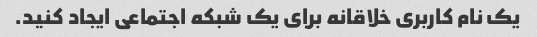
یک نام کاربری خلاقانه برای یک شبکه اجتماعی ایجاد کنید.